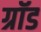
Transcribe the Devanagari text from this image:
ग्रॉड